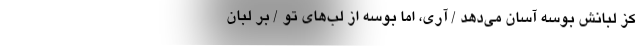
کز لبانش بوسه آسان می‌دهد / آری، اما بوسه از لب‌های تو / بر لبان